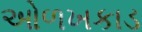
ઓળખકાડ